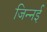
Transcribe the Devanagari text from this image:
जिन्नई